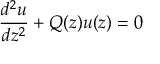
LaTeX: { \frac { d ^ { 2 } u } { d z ^ { 2 } } } + Q ( z ) u ( z ) = 0